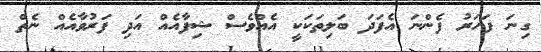
ގިނަ ފަހަރު ފެންނަ އެފަދަ ބަލިތަކަކީ އެއްވެސް ޝިފާއެއް އަދި ފަރުވާއެއް ނެތް